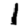
Digit: 1